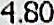
4.80